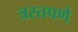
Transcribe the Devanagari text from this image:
त्रस्तपणे